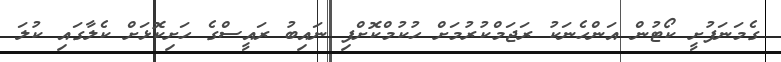
ގެމަނަފުށީ ކޯޓުން އަންހެނަކު ރަޖަމްކުރުމަށް ހުކުމްކޮށްފި ނައިބު ރައީސްގެ ހަށިކޮޅަށް ކެލާގައި ކުލަ